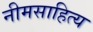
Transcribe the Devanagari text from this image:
नीमसाहित्य